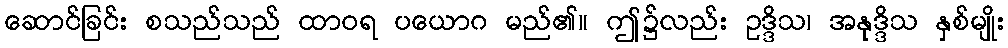
ဆောင်ခြင်း စသည်သည် ထာဝရ ပယောဂ မည်၏။ ဤ၌လည်း ဥဒ္ဒိသ၊ အနုဒ္ဒိသ နှစ်မျိုး